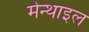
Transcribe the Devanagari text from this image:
मेन्थाइल